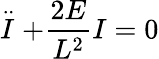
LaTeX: \stackrel{\cdot\cdot}{I}+\frac{2E}{L^{2}}I=0